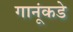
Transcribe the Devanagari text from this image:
गानूंकडे